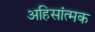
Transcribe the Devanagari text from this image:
अहिसांत्मक